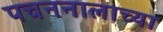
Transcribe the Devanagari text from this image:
पचननालाच्या